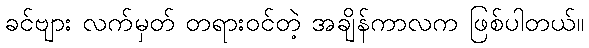
ခင်ဗျား လက်မှတ် တရားဝင်တဲ့ အချိန်ကာလက ဖြစ်ပါတယ်။